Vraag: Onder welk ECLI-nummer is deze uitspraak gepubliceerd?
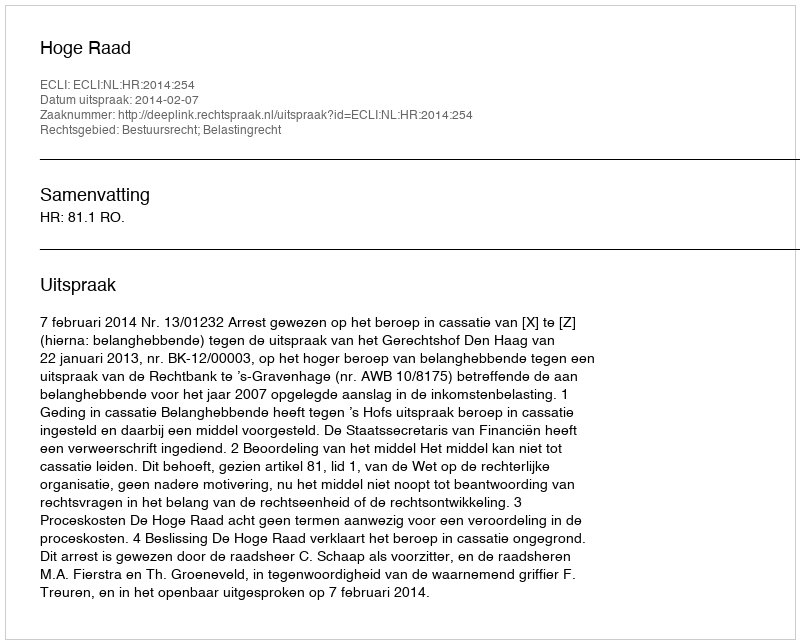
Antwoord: ECLI:NL:HR:2014:254